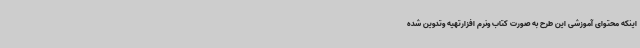
اینکه محتوای آموزشی این طرح به صورت کتاب ونرم افزارتهیه وتدوین شده